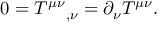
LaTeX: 0 = T ^ { \mu \nu } { } _ { , \nu } = \partial _ { \nu } T ^ { \mu \nu } .